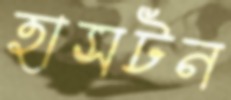
হাসটন